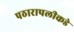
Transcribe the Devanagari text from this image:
पठारापलीकडे